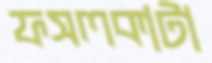
ফসলকাটা